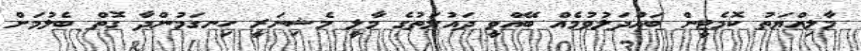
މާލިއްޔަތު ކޮމެޓީން ބައްދަލުވުމެއް ބޭއްވީ ދައުލަތުގެ މާލީ މެޝިނަރީ ހިނގަމުންދާ ގޮތް ބެލުމަށް